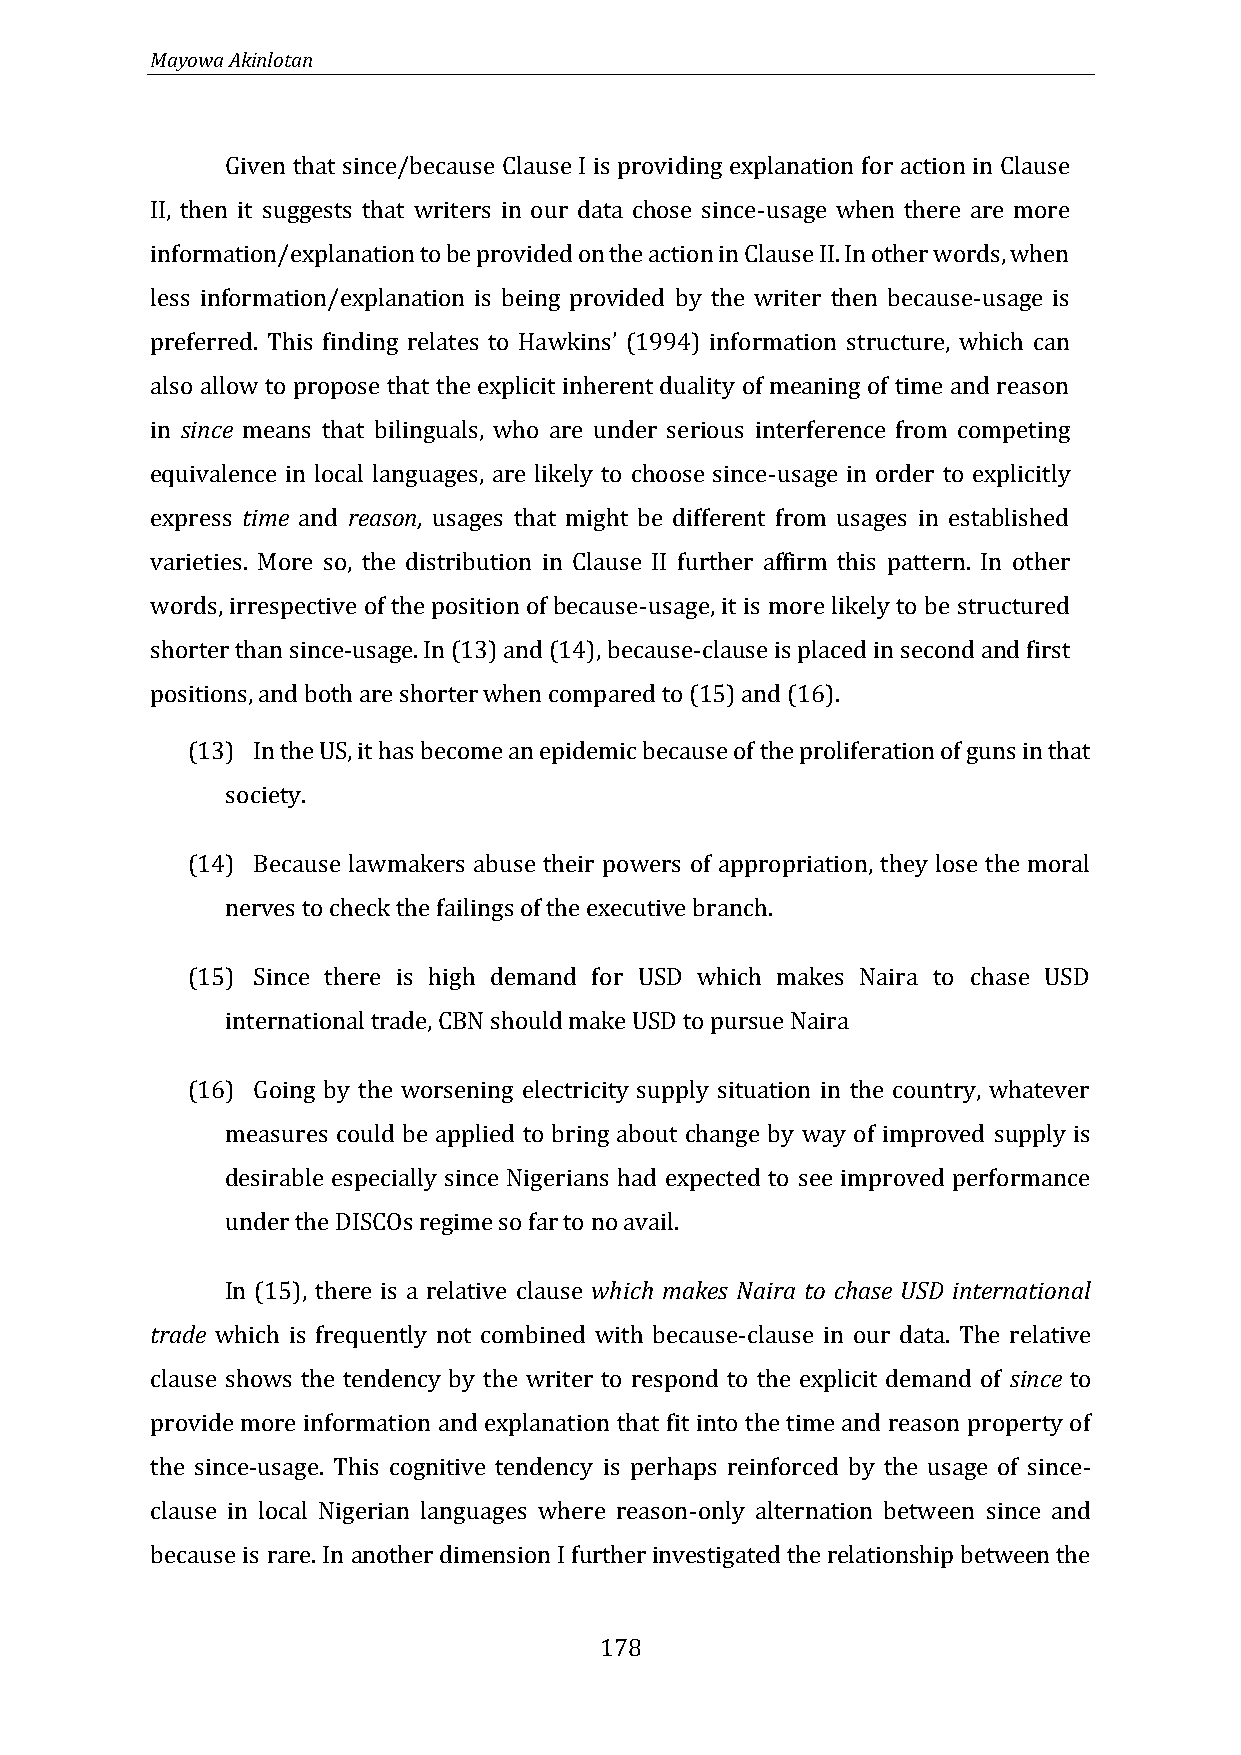
Mayowa Akinlotan
 Given that since/because Clause I is providing explanation for action in Clause
 II, then it suggests that writers in our data chose since-usage when there are more
 information/explanation to be provided on the action in Clause II. In other words, when
 less information/explanation is being provided by the writer then because-usage is
 preferred. This finding relates to Hawkins (1994) information structure, which can
 also allow to propose that the explicit inherent duality of meaning of time and reason
 ’
 in since means that bilinguals, who are under serious interference from competing
 equivalence in local languages, are likely to choose since-usage in order to explicitly
 express time and reason, usages that might be different from usages in established
 varieties. More so, the distribution in Clause II further affirm this pattern. In other
 words, irrespective of the position of because-usage, it is more likely to be structured
 shorter than since-usage. In (13) and (14), because-clause is placed in second and first
 positions, and both are shorter when compared to (15) and (16).
 (13) In the US, it has become an epidemic because of the proliferation of guns in that
 society.
 (14) Because lawmakers abuse their powers of appropriation, they lose the moral
 nerves to check the failings of the executive branch.
 (15) Since there is high demand for USD which makes Naira to chase USD
 international trade, CBN should make USD to pursue Naira
 (16) Going by the worsening electricity supply situation in the country, whatever
 measures could be applied to bring about change by way of improved supply is
 desirable especially since Nigerians had expected to see improved performance
 under the DISCOs regime so far to no avail.
 In (15), there is a relative clause which makes Naira to chase USD international
 trade which is frequently not combined with because-clause in our data. The relative
 clause shows the tendency by the writer to respond to the explicit demand of since to
 provide more information and explanation that fit into the time and reason property of
 the since-usage. This cognitive tendency is perhaps reinforced by the usage of since-
 clause in local Nigerian languages where reason-only alternation between since and
 because is rare. In another dimension I further investigated the relationship between the
 178